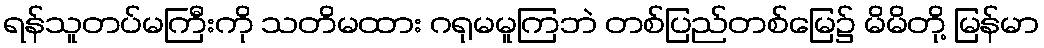
ရန်သူတပ်မကြီးကို သတိမထား ဂရုမမူကြဘဲ တစ်ပြည်တစ်မြေ၌ မိမိတို့ မြန်မာ